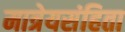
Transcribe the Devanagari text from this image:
मात्रेयसंहिता